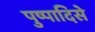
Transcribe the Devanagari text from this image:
पुष्पादिसे